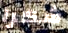
شكرا